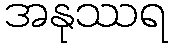
အနုဿရ